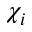
\chi _ { i }